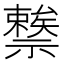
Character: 𥜖